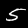
Digit: 5